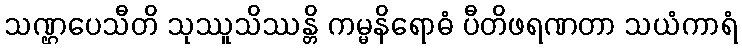
သဏ္ဌပေသီတိ သုဿူသိဿန္တိ ကမ္မနိရောဓံ ပီတိဖရဏတာ သယံကာရံ